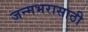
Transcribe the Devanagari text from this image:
जन्मभरासाठी